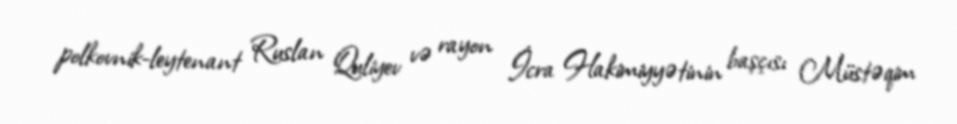
polkovnik-leytenant Ruslan Quliyev və rayon İcra Hakimiyyətinin başçısı Müstəqim